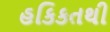
હકિકતથી